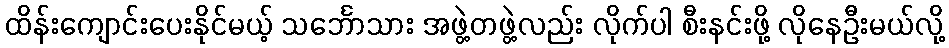
ထိန်းကျောင်းပေးနိုင်မယ့် သင်္ဘောသား အဖွဲ့တဖွဲ့လည်း လိုက်ပါ စီးနင်းဖို့ လိုနေဦးမယ်လို့